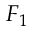
F _ { 1 }